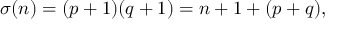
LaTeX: \sigma ( n ) = ( p + 1 ) ( q + 1 ) = n + 1 + ( p + q ) ,